Insane asylums in Bengal annual reports 1876-1887 - 1876-1887
Year: 1876
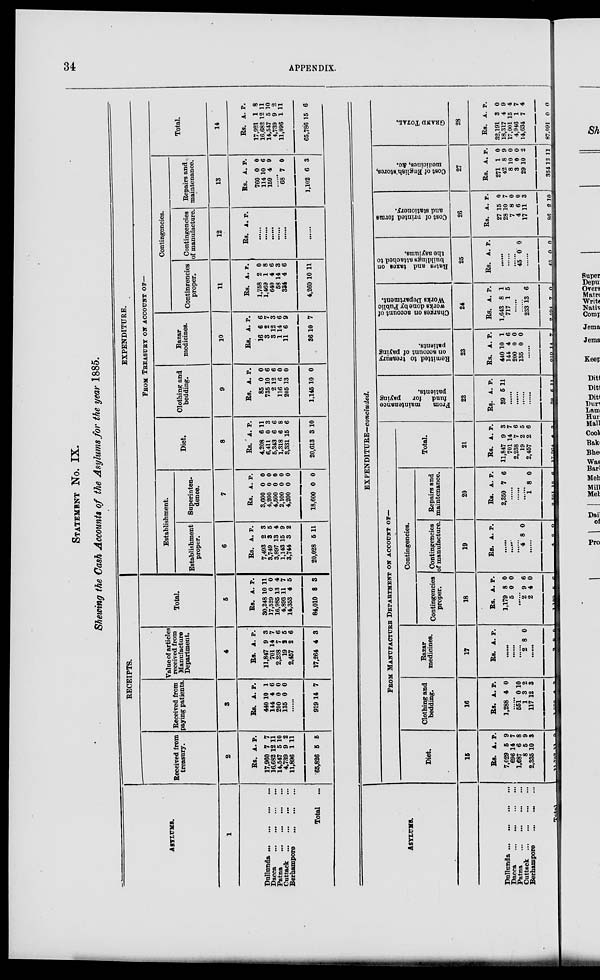
34
APPENDIX.
STATEMENT NO. IX.
Showing the Cash Account of the Asylums for the year 1885.
ASYLUMS.
1
Dullunda
...
...
...
...
Dacca ... ... ... ...
Patna ... ... ... ...
Cuttack ... ... ... ...
Berhampore ... ... ... ...
Total
...
RECEIPTS.
Received from
treasury.
2
Rs.
17,960
16,682
14,547
4,739
11,896
65,826
A.
7
12
5
9
1
5
P.
7
11
10
2
11
5
Received from
paying patients.
3
Rs.
440
144
200
135
A.
10
4
0
0
P.
1
6
0
0
.......
919 14 7
Value of articles
received from
Manufacture
Department.
4
Rs.
11,847
701
2,238
19
2,457
17,264
A.
9
14
7
2
2
4
P.
3
7
6
5
6
3
Total.
5
Rs.
30,248
17,529
16.986
4,893
14,353
84,010
A.
10
0
13
11
4
8
P.
11
0
4
7
5
3
EXPENDITURE.
FROM TREASURY ON ACCOUNT OF-
Establishment.
Establishhment
proper.
6
Rs.
7,493
3,749
3,897
1,143
3,744
20,028
A.
2
3
13
15
3
5
P.
3
5
4
9
2
11
Superinten-
dence.
7
Rs.
3,600
4,200
4,500
2,100
4,200
18,600
A.
0
0
0
0
0
0
P.
0
0
0
0
0
0
Diet.
8
Rs.
4,208
6,411
5,343
1,318
3,331
20,613
A.
6
0
6
6
15
3
P.
11
3
6
8
6
10
Clothing and
bedding.
9
Rs.
85
735
2
116
205
1,145
A.
0
10
12
6
13
10
P.
0
6
5
0
0
0
Bazar
medicines.
10
Rs.
16
3
3
1
11
36
A.
6
2
12
14
6
10
P.
6
7
3
6
9
7
Contingencies.
Contingencies
proper.
11
Rs.
1,758
1,469
640
58
334
4,260
A.
2
1
4
14
4
10
P.
0
8
6
3
6
11
Contingencies
of manufacture.
12
Rs. A. P.
..........
..........
..........
..........
..........
..........
Repairs and
maintenance.
13
Rs.
760
114
159
A.
0
10
4
P.
0
6
9
..........
68
1,102
7
6
0
3
Total.
14
Rs.
17,921
16,682
14,547
4,739
11,896
65,786
A.
1
12
5
9
1
15
P.
8
11
10
2
11
6
ASYLUMS.
Dnllunda
...
...
..
...
Dacca
...
...
...
...
Patna
...
...
...
...
Cuttack ... ... ... ...
Berhampore ... ... ... ...
Total ...
EXPENDITURE-concluded.
FROM
MANUFACTURE
DEPARTMENT ON ACCOUNT OF–
Diet.
15
Rs.
7,029
696
1,687
8
2,335
11,755
A.
6
14
6
5
10
46
P.
9
7
8
9
2
35
Clothing and
bedding.
16
Rs.
1,288
A.
4
P.
0
.....
551
1
117
1,957
0
3
12
19
10
2
3
15
Bazar
medicines.
17
Rs. A. P.
2 8 0
2
8 0
Contingencies.
Contingencies
proper.
18
Rs.
1,179
5
A.
8
0
P.
0
0
2
2
1,188
9
4
21
6
0
6
Contingencies
of manufacture.
19
Rs. A. P.
4 8 0
4
8 0
Repairs and
maintenance.
20
Rs.
2,350
A.
7
P.
6
1
2,351
8
15
0
6
Total.
21
Rs.
11,847
701
2,238
19
2,457
17,261
A.
9
14
7
2
2
34
P.
3
7
6
5
6
27
From
maintenance
fund
for
paying
patients.
22
Rs.
39
A.
5
P.
11
39 5
11
Remitted to treasury
on account of paying
patients.
23
Rs.
440
144
200
135
A.
10
4
0
0
P.
1
6
0
0
210 14
7
Charges on account of
works done by Public
Works Department.
24
Rs.
1,643
717
A.
8
1
P.
1
5
233
2,504
13
7
6
2
Rates
and taxes on
buildings attached to
the asylums.
25
Rs. A. P.
45 0 0
45
0 0
Cost of printed forms
and stationery.
26
Rs.
27
28
7
4
17
86
A.
15
10
8
6
11
2
P.
0
7
0
0
3
10
Cost of English stores,
medicines, &c.
27
Rs.
271
42
8
3
29
354
A.
1
8
10
8
10
13
P.
0
9
0
0
2
11
GRAND
TOTAL.
28
Rs.
32,191
18,317
17,001
4,946
14,634
87,091
A.
3
4
15
1
7
0
P.
0
9
4
7
4
0